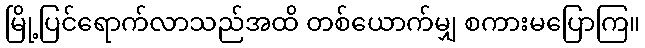
မြို့ပြင်ရောက်လာသည်အထိ တစ်ယောက်မျှ စကားမပြောကြ။